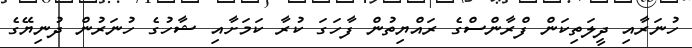
ހުނަރާއި ދީލަތިކަން ފްރާންސްގެ ރައްޔިތުން ފާހަގަ ކުރާ ކަމަށާއި ޝާހުގެ ހުނަރުން ދުނިޔޭގެ